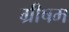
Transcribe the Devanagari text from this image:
ग्रीषम